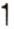
1